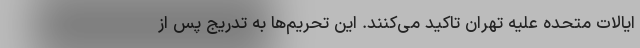
ایالات متحده علیه تهران تاکید می‌کنند. این تحریم‌ها به تدریج پس از